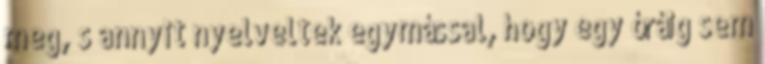
meg, s annyit nyelveltek egymással, hogy egy óráig sem